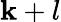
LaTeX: \mathbf{k}+l